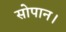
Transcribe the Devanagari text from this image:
सोपान।